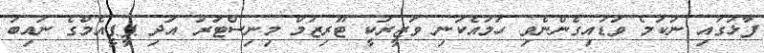
ފާޅުގައި ނުކުމެ ވަޑައިގެންނެވި ހަމައެކަނި ވަޒީރަކީ ޓޫރިޒަމް މިނިސްޓަރު އަދި ޕީޕީއެމްގެ ނައިބު